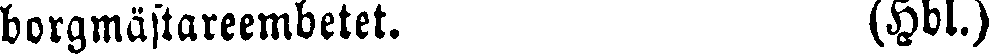
borgmästareembetet. (Hbl.)